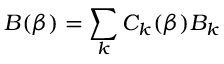
B ( \beta ) = \sum _ { k } C _ { k } ( \beta ) B _ { k }